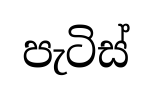
පැටිස්